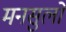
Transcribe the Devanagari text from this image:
मनसुलो